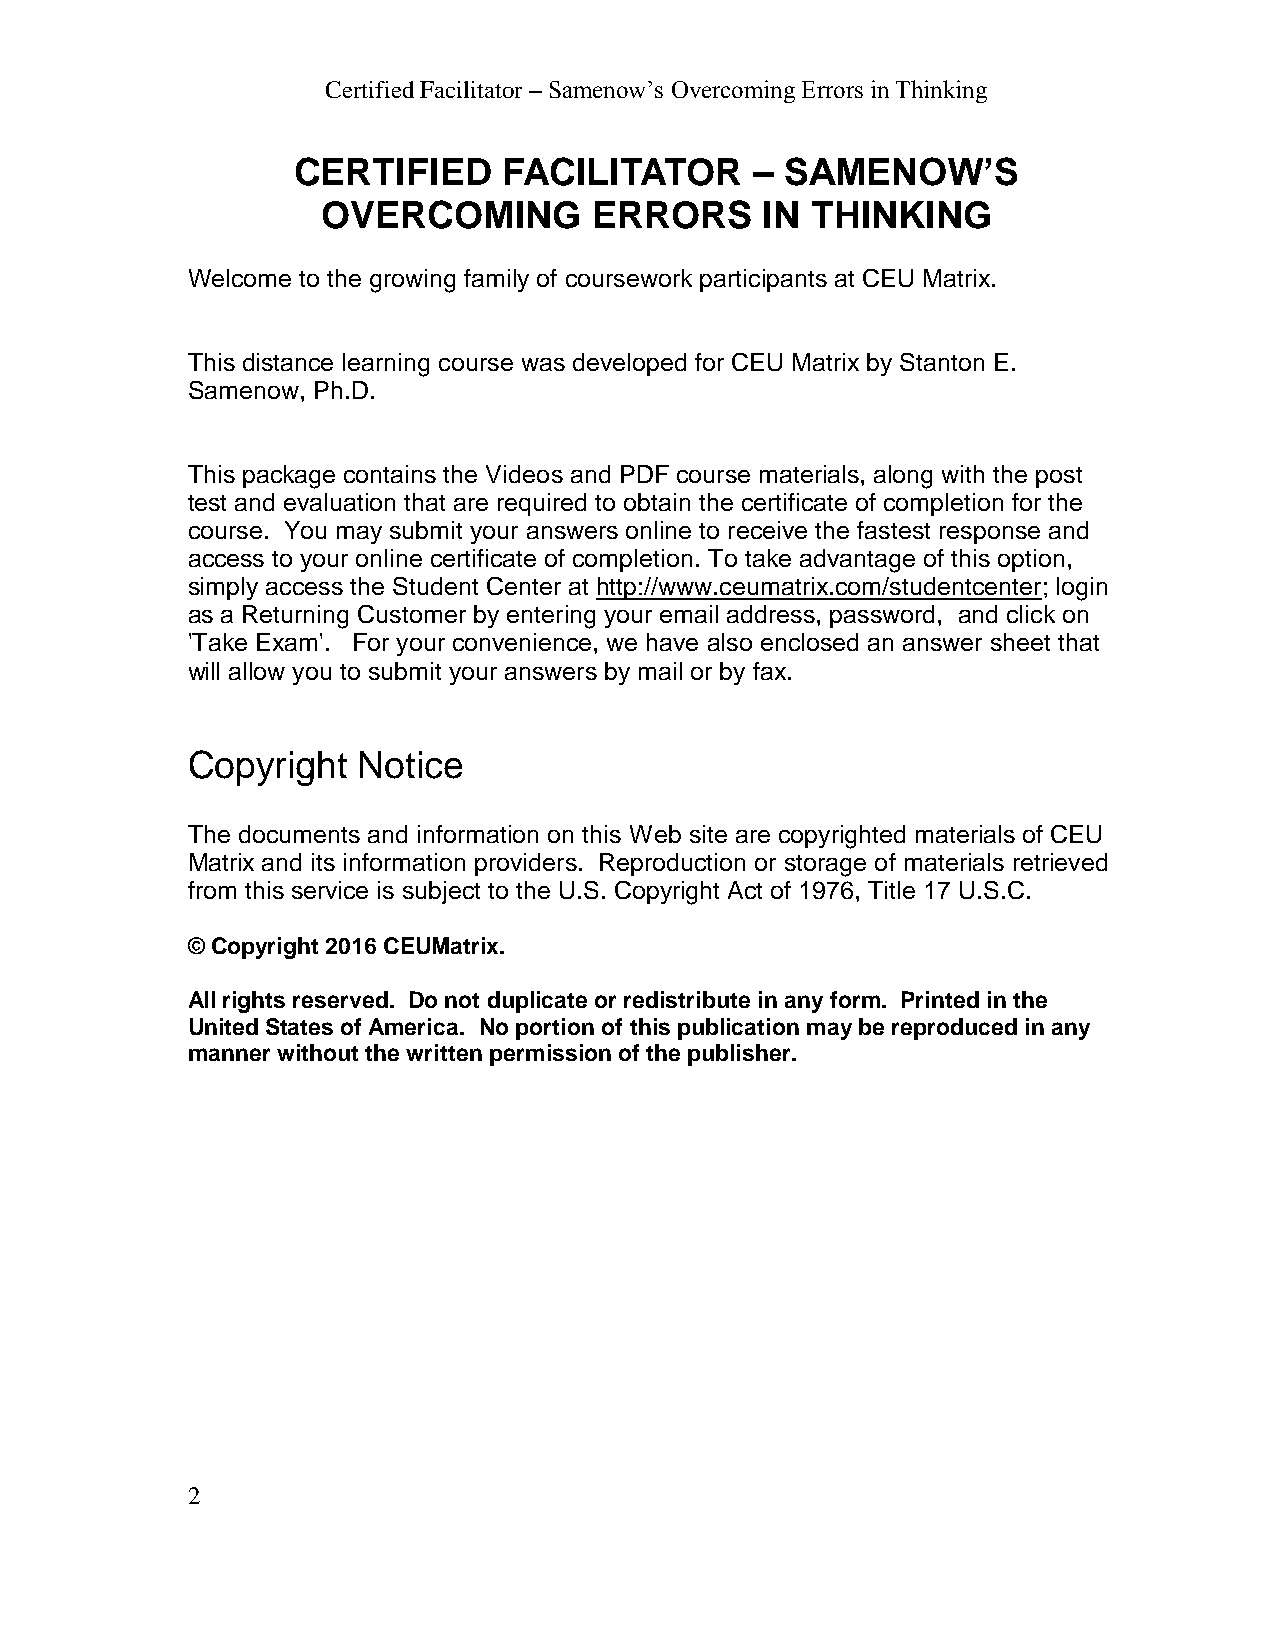
Certified Facilitator – Samenow’s Overcoming Errors in Thinking
 CERTIFIED     FACILITATOR      – SAMENOW’S
 OVERCOMING        ERRORS     IN  THINKING
 Welcome to the growing family of coursework participants at CEU Matrix.
 This distance learning course was developed for CEU Matrix by Stanton E.
 Samenow, Ph.D.
 This package contains the Videos and PDF course materials, along with the post
 test and evaluation that are required to obtain the certificate of completion for the
 course. You may submit your answers online to receive the fastest response and
 access to your online certificate of completion. To take advantage of this option,
 simply access the Student Center at http://www.ceumatrix.com/studentcenter; login
 as a Returning Customer by entering your email address, password, and click on
 'Take Exam'. For your convenience, we have also enclosed an answer sheet that
 will allow you to submit your answers by mail or by fax.
 Copyright   Notice
 The documents and information on this Web site are copyrighted materials of CEU
 Matrix and its information providers. Reproduction or storage of materials retrieved
 from this service is subject to the U.S. Copyright Act of 1976, Title 17 U.S.C.
 © Copyright 2016 CEUMatrix.
 All rights reserved. Do not duplicate or redistribute in any form. Printed in the
 United States of America. No portion of this publication may be reproduced in any
 manner without the written permission of the publisher.
 2